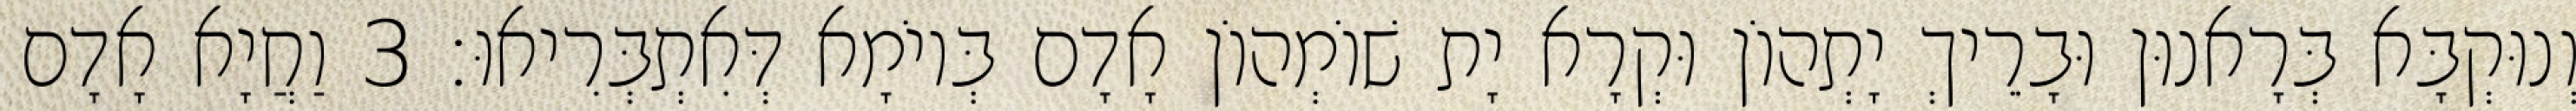
וְנוּקְבָּא בְּרָאנוּן וּבָרֵיךְ יָתְהוֹן וּקְרָא יָת שׁוֹמְהוֹן אָדָם בְּיוֹמָא דְּאִתְבְּרִיאוּ׃ 3 וַחֲיָא אָדָם